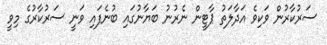
ސަރުކާރުން ވަކިވެ އަދާލަތު ޕާޓީން ނެރުނު ބަޔާނުގައި ބުނެފައި ވަނީ ސަރުކާރުގެ މިވީ